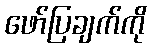
ဖော်ပြချက်ကို